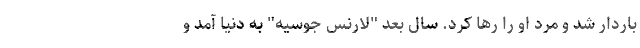
باردار شد و مرد او را رها کرد. سال بعد "لارنس جوسیه" به دنیا آمد و